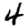
Digit: 4